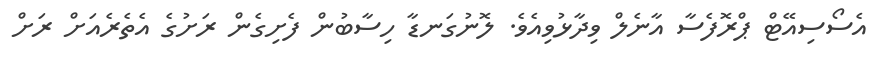
އެސޯސިއޭޓް ޕްރޮފެސާ އާނެލް ވިދާޅުވިއެވެ. ލޮނުގަނޑާ ހިސާބުން ފެށިގެން ރަށުގެ އެތެރެއަށް ރަށް